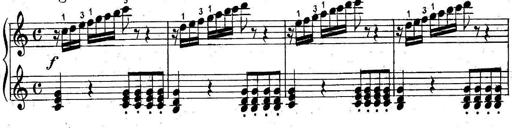
Title: 6 Easy Sonatinas
Composer: Carl Czerny